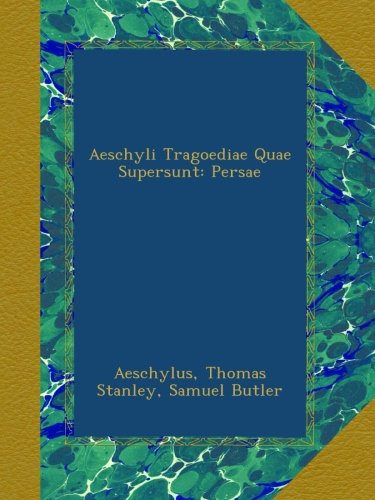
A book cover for Aeschyli Tragoediae Quae Supersunt: Persae; Aeschylus; Literature & Fiction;